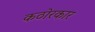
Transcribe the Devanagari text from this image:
कठोरकार